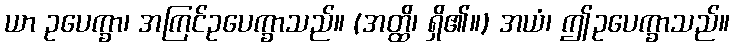
ယာ ဥပေက္ခာ၊ အကြင်ဥပေက္ခာသည်။ (အတ္ထိ၊ ရှိ၏။) အယံ၊ ဤဥပေက္ခာသည်။